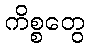
ကိစ္စတွေ